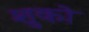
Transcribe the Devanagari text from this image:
शुको